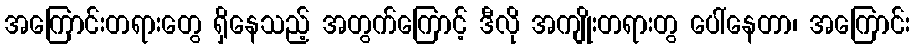
အကြောင်းတရားတွေ ရှိနေသည့် အတွက်ကြောင့် ဒီလို အကျိုးတရားတွ ပေါ်နေတာ၊ အကြောင်း